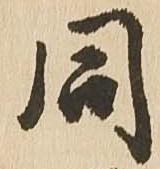
同